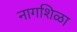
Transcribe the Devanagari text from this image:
नागशिळा